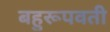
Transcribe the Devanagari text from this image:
बहुरूपवती